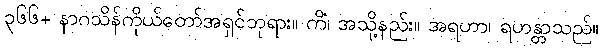
၃၆၆+ နာဂသိန်ကိုယ်တော်အရှင်ဘုရား။ ကိံ၊ အသို့နည်း။ အရဟာ၊ ရဟန္တာသည်။